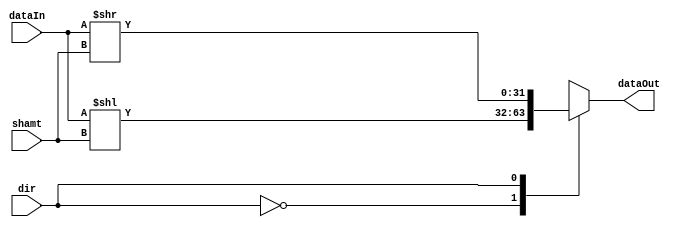
module barrel_shifter32(input[4:0] shamt, input dir, input[31:0] dataIn, output[31:0] dataOut);
//For shifting A and B operands, one module that can do left or right!
wire[31:0] tmp_shift[1:0];

assign tmp_shift[0]=dataIn<<shamt;
assign tmp_shift[1]=dataIn>>shamt;
assign dataOut=tmp_shift[dir];
endmodule